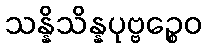
သန္နိသိန္နပုဗ္ဗဉ္စေဝ